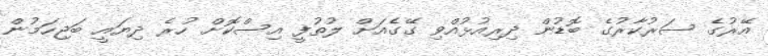
އޭރުގެ ސަރުކާރުގެ ބޮޑުން ދިރިއުޅުއްވި ގޭގެއަށް ލުތުފީ އިސްކޮށް ހުރެ ދިޔައީ ބަޖިހަމުން